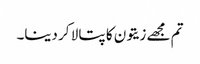
تم مجھے زیتون کا پتا لا کر دینا۔